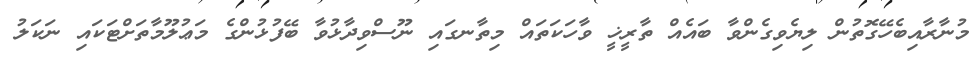
މުނާރާއިބެހޭގޮތުން ލިޔެވިގެންވާ ބައެއް ތާރީޚީ ވާހަކަތައް މިތާނގައި ނޫސްވިދާޅުވާ ބޭފުޅުންގެ މަޢުލޫމާތަށްޓަކައި ނަކަލު